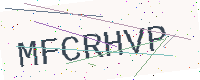
Text: MFCRHVP